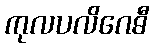
ကုလပလိဂေဓီ